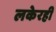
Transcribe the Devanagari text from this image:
लकेरही